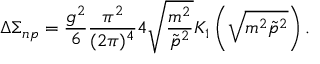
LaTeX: \Delta \Sigma _ { n p } = \frac { g ^ { 2 } } 6 \frac { \pi ^ { 2 } } { ( 2 \pi ) ^ { 4 } } 4 \sqrt { \frac { m ^ { 2 } } { \tilde { p } ^ { 2 } } } K _ { 1 } \left( \sqrt { m ^ { 2 } \tilde { p } ^ { 2 } } \right) .